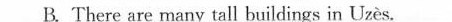
B. There are many tall buildings in Uzès.